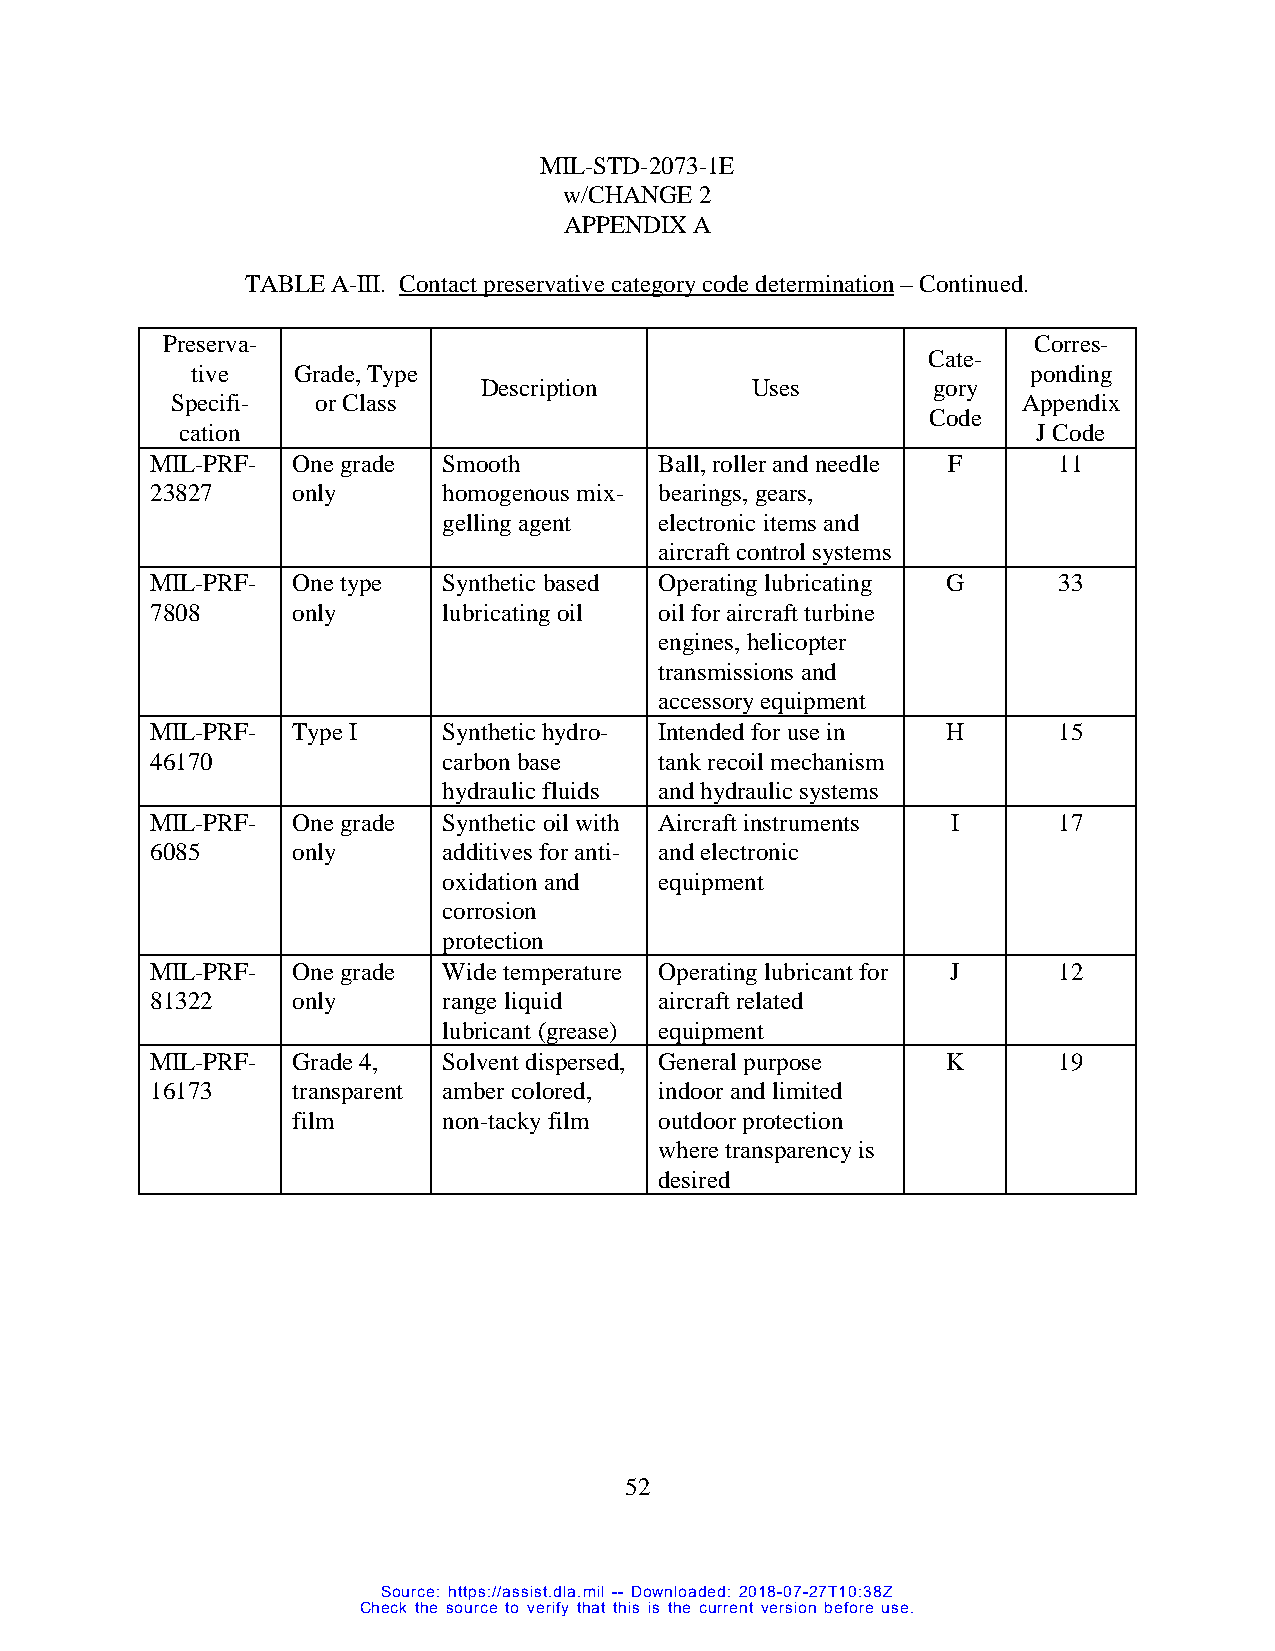
MIL-STD-2073-1E
 w/CHANGE 2
 APPENDIX A
 TABLE A-III. Contact preservative category code determination – Continued.
 Preserva-                                                Corres-
 Cate-
 tive  Grade, Type                                      ponding
 Description       Uses        gory
 Specifi-  or Class                                       Appendix
 Code
 cation                                                   J Code
 MIL-PRF- One grade Smooth         Ball, roller and needle F 11
 23827    only      homogenous mix- bearings, gears,
 gelling agent  electronic items and
 aircraft control systems
 MIL-PRF- One type  Synthetic based Operating lubricating G  33
 7808     only      lubricating oil oil for aircraft turbine
 engines, helicopter
 transmissions and
 accessory equipment
 MIL-PRF- Type I    Synthetic hydro- Intended for use in H   15
 46170              carbon base    tank recoil mechanism
 hydraulic fluids and hydraulic systems
 MIL-PRF- One grade Synthetic oil with Aircraft instruments I 17
 6085     only      additives for anti- and electronic
 oxidation and  equipment
 corrosion
 protection
 MIL-PRF- One grade Wide temperature Operating lubricant for J 12
 81322    only      range liquid   aircraft related
 lubricant (grease) equipment
 MIL-PRF- Grade 4,  Solvent dispersed, General purpose K     19
 16173    transparent amber colored, indoor and limited
 film      non-tacky film outdoor protection
 where transparency is
 desired
 52
 Source: https://assist.dla.mil -- Downloaded: 2018-07-27T10:38Z
 Check the source to verify that this is the current version before use.